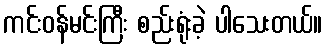
ကင်းဝန်မင်းကြီး စည်းရုံးခဲ့ ပါသေးတယ်။